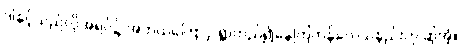
ဒါနှင့်သည်လိုအရပ်၌ အဘယ်ကြောင့် ရွာတည်၍နေကြကုန်လေသနည်းဟု ဆိုအံ့။